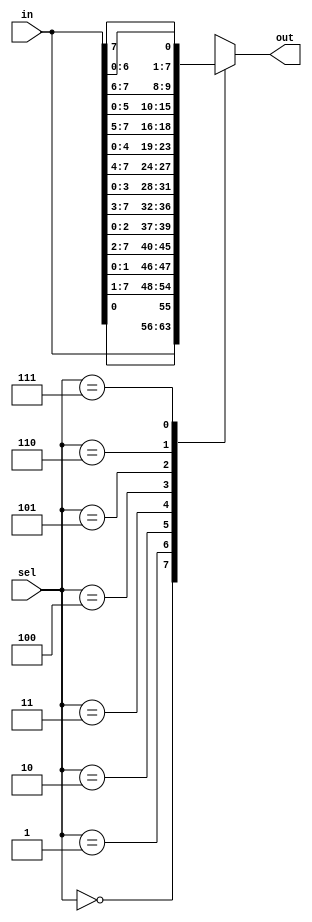
`timescale 1ns / 1ps
module barrel_shifter(input [7:0] in,input [2:0] sel,output reg [7:0] out);
always @(*)
begin
case(sel)
3'b000:out = in; 
3'b001:out = {in[0],in[7:1]}; 
3'b010:out = {in[1:0],in[7:2]}; 
3'b011:out = {in[2:0],in[7:3]}; 
3'b100:out = {in[3:0],in[7:4]};  
3'b101:out = {in[4:0],in[7:5]};  
3'b110:out = {in[5:0],in[7:6]};  
3'b111:out = {in[6:0],in[7]};  
default:out = in;
endcase
end
endmodule